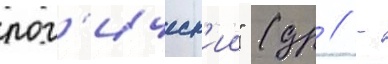
лог'ическ'ии" (др // -